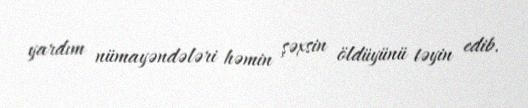
yardım nümayəndələri həmin şəxsin öldüyünü təyin edib.